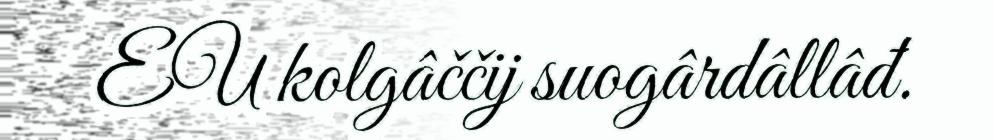
EU kolgâččij suogârdâllâđ.